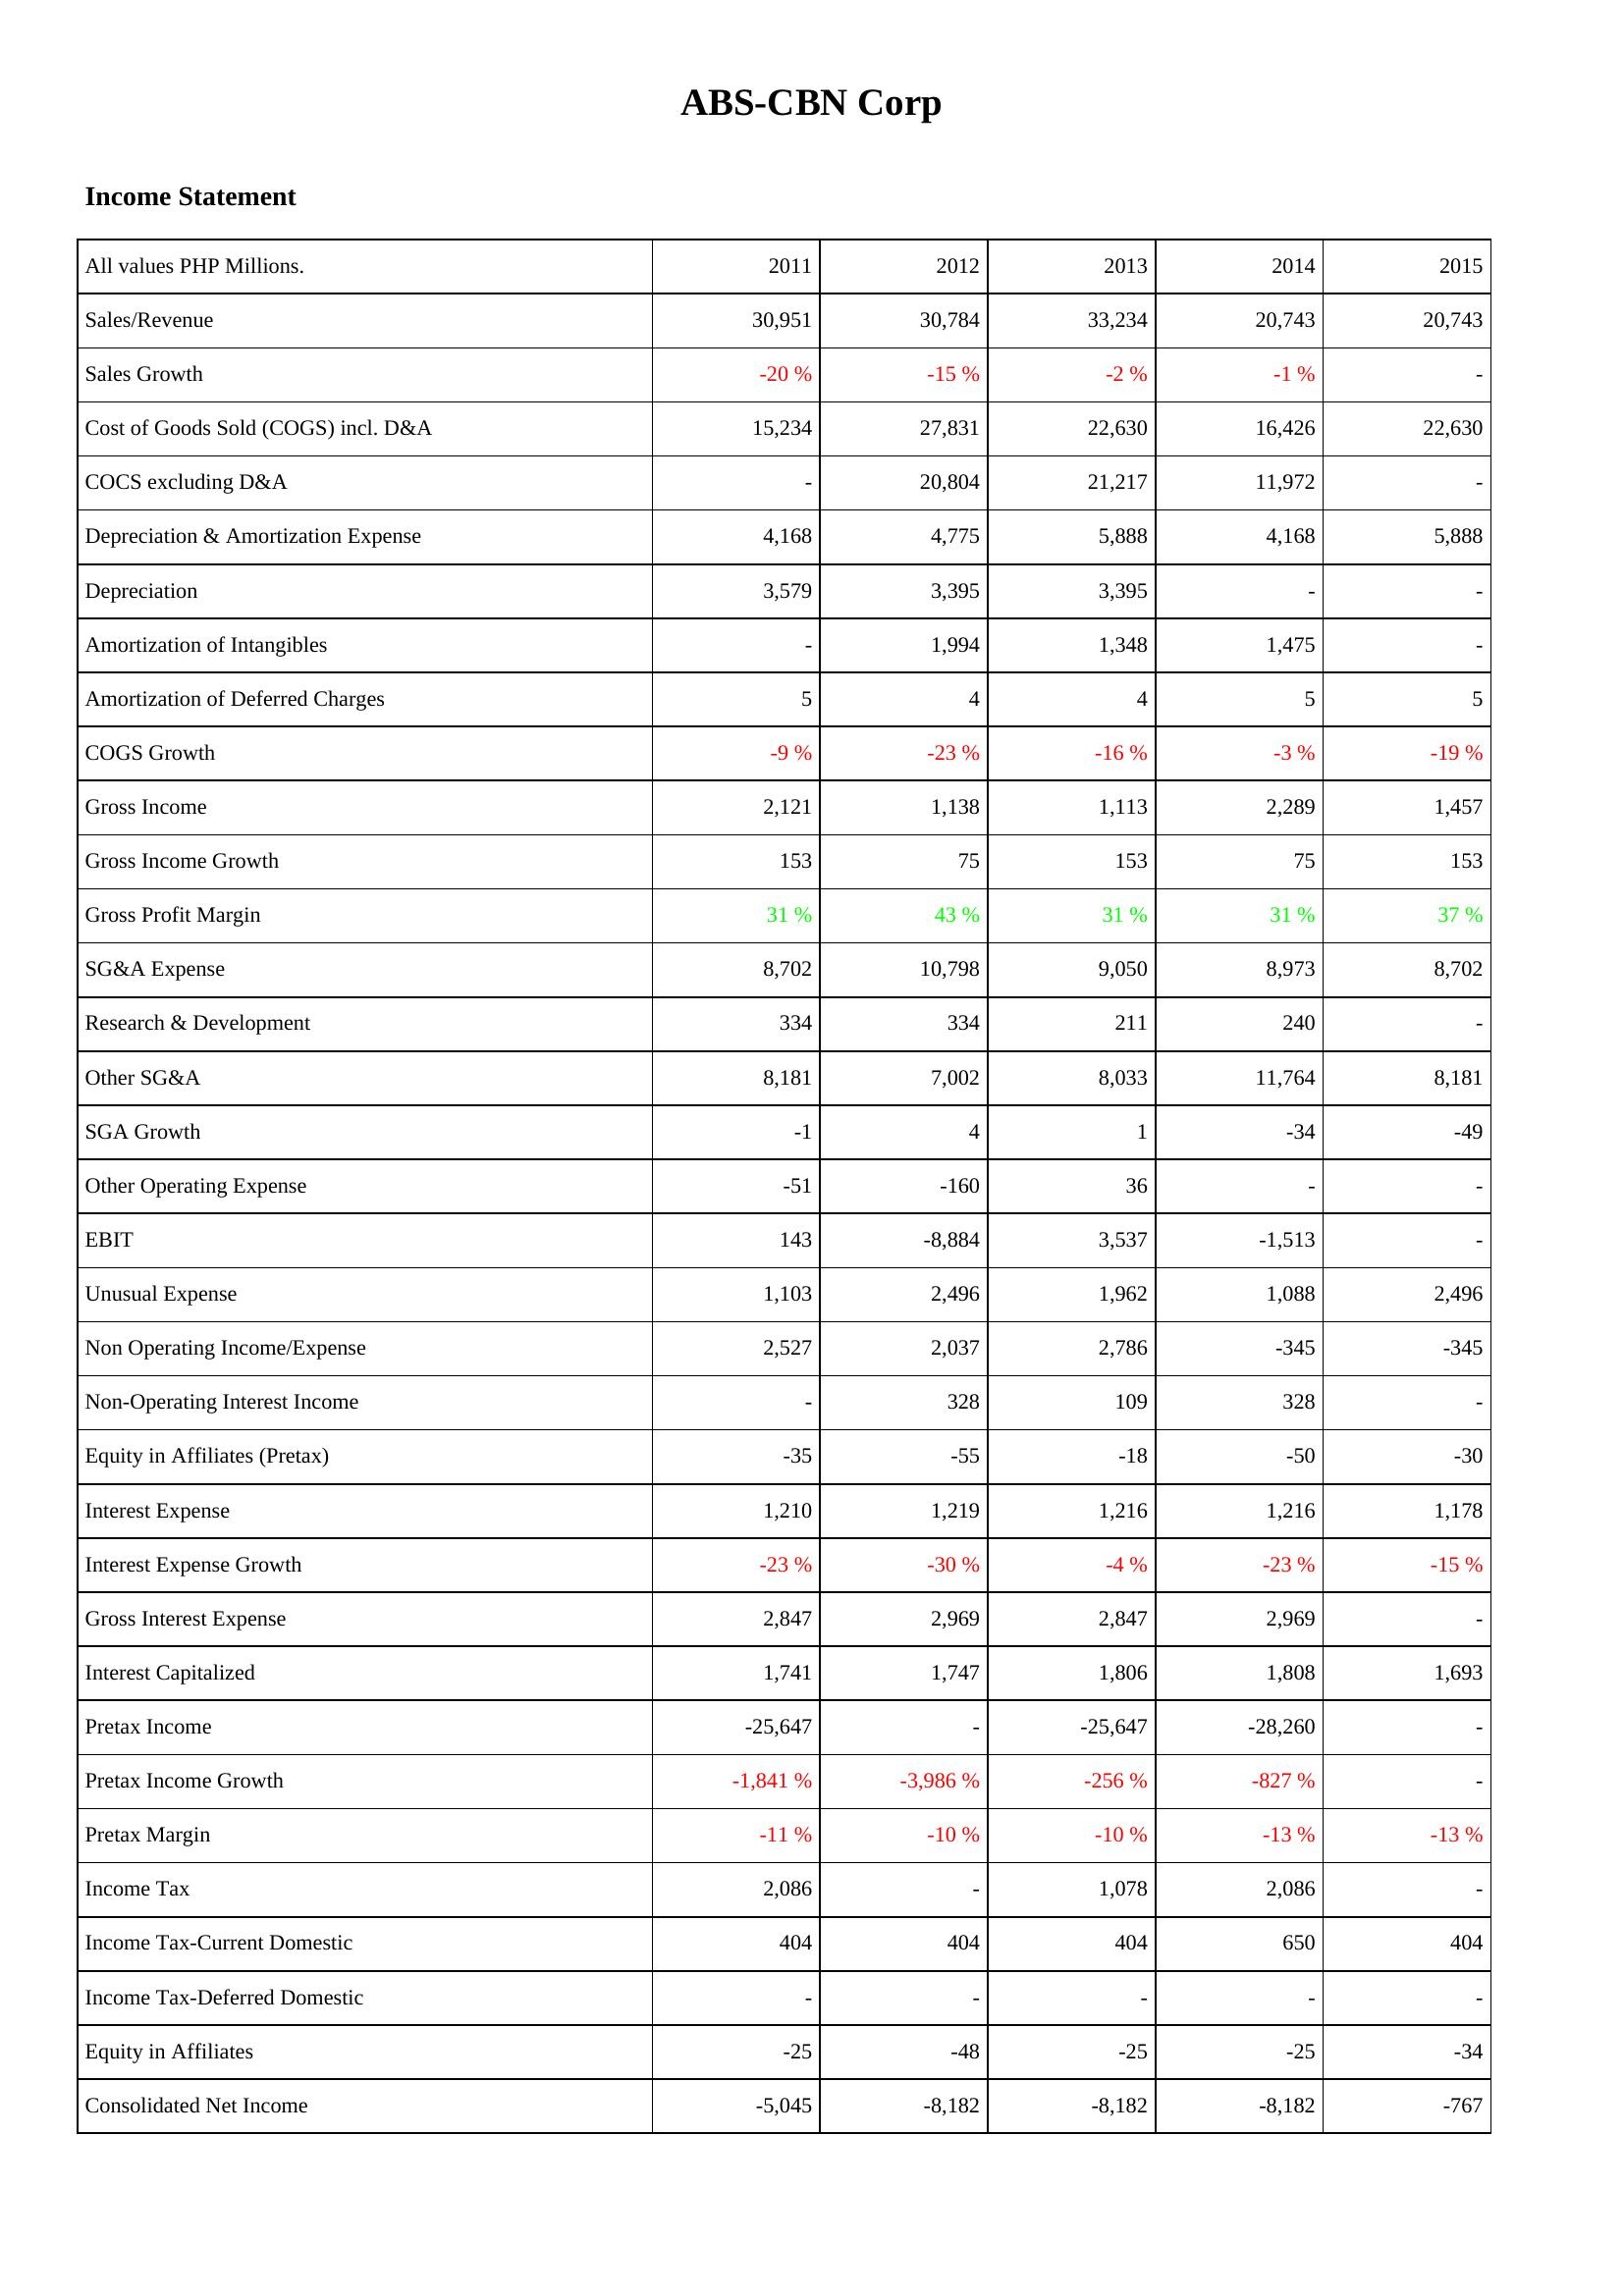
2011: Income Statement: Sales/Revenue: 30,951
Sales Growth: -20 %
Cost of Goods Sold (COGS) incl. D&A: 15,234
COCS excluding D&A: -
Depreciation & Amortization Expense: 4,168
Depreciation: 3,579
Amortization of Intangibles: -
Amortization of Deferred Charges: 5
COGS Growth: -9 %
Gross Income: 2,121
Gross Income Growth: 153
Gross Profit Margin: 31 %
SG&A Expense: 8,702
Research & Development: 334
Other SG&A: 8,181
SGA Growth: -1
Other Operating Expense: -51
EBIT: 143
Unusual Expense: 1,103
Non Operating Income/Expense: 2,527
Non-Operating Interest Income: -
Equity in Affiliates (Pretax): -35
Interest Expense: 1,210
Interest Expense Growth: -23 %
Gross Interest Expense: 2,847
Interest Capitalized: 1,741
Pretax Income: -25,647
Pretax Income Growth: -1,841 %
Pretax Margin: -11 %
Income Tax: 2,086
Income Tax-Current Domestic: 404
Income Tax-Deferred Domestic: -
Equity in Affiliates: -25
Consolidated Net Income: -5,045
2012: Income Statement: Sales/Revenue: 30,784
Sales Growth: -15 %
Cost of Goods Sold (COGS) incl. D&A: 27,831
COCS excluding D&A: 20,804
Depreciation & Amortization Expense: 4,775
Depreciation: 3,395
Amortization of Intangibles: 1,994
Amortization of Deferred Charges: 4
COGS Growth: -23 %
Gross Income: 1,138
Gross Income Growth: 75
Gross Profit Margin: 43 %
SG&A Expense: 10,798
Research & Development: 334
Other SG&A: 7,002
SGA Growth: 4
Other Operating Expense: -160
EBIT: -8,884
Unusual Expense: 2,496
Non Operating Income/Expense: 2,037
Non-Operating Interest Income: 328
Equity in Affiliates (Pretax): -55
Interest Expense: 1,219
Interest Expense Growth: -30 %
Gross Interest Expense: 2,969
Interest Capitalized: 1,747
Pretax Income: -
Pretax Income Growth: -3,986 %
Pretax Margin: -10 %
Income Tax: -
Income Tax-Current Domestic: 404
Income Tax-Deferred Domestic: -
Equity in Affiliates: -48
Consolidated Net Income: -8,182
2013: Income Statement: Sales/Revenue: 33,234
Sales Growth: -2 %
Cost of Goods Sold (COGS) incl. D&A: 22,630
COCS excluding D&A: 21,217
Depreciation & Amortization Expense: 5,888
Depreciation: 3,395
Amortization of Intangibles: 1,348
Amortization of Deferred Charges: 4
COGS Growth: -16 %
Gross Income: 1,113
Gross Income Growth: 153
Gross Profit Margin: 31 %
SG&A Expense: 9,050
Research & Development: 211
Other SG&A: 8,033
SGA Growth: 1
Other Operating Expense: 36
EBIT: 3,537
Unusual Expense: 1,962
Non Operating Income/Expense: 2,786
Non-Operating Interest Income: 109
Equity in Affiliates (Pretax): -18
Interest Expense: 1,216
Interest Expense Growth: -4 %
Gross Interest Expense: 2,847
Interest Capitalized: 1,806
Pretax Income: -25,647
Pretax Income Growth: -256 %
Pretax Margin: -10 %
Income Tax: 1,078
Income Tax-Current Domestic: 404
Income Tax-Deferred Domestic: -
Equity in Affiliates: -25
Consolidated Net Income: -8,182
2014: Income Statement: Sales/Revenue: 20,743
Sales Growth: -1 %
Cost of Goods Sold (COGS) incl. D&A: 16,426
COCS excluding D&A: 11,972
Depreciation & Amortization Expense: 4,168
Depreciation: -
Amortization of Intangibles: 1,475
Amortization of Deferred Charges: 5
COGS Growth: -3 %
Gross Income: 2,289
Gross Income Growth: 75
Gross Profit Margin: 31 %
SG&A Expense: 8,973
Research & Development: 240
Other SG&A: 11,764
SGA Growth: -34
Other Operating Expense: -
EBIT: -1,513
Unusual Expense: 1,088
Non Operating Income/Expense: -345
Non-Operating Interest Income: 328
Equity in Affiliates (Pretax): -50
Interest Expense: 1,216
Interest Expense Growth: -23 %
Gross Interest Expense: 2,969
Interest Capitalized: 1,808
Pretax Income: -28,260
Pretax Income Growth: -827 %
Pretax Margin: -13 %
Income Tax: 2,086
Income Tax-Current Domestic: 650
Income Tax-Deferred Domestic: -
Equity in Affiliates: -25
Consolidated Net Income: -8,182
2015: Income Statement: Sales/Revenue: 20,743
Sales Growth: -
Cost of Goods Sold (COGS) incl. D&A: 22,630
COCS excluding D&A: -
Depreciation & Amortization Expense: 5,888
Depreciation: -
Amortization of Intangibles: -
Amortization of Deferred Charges: 5
COGS Growth: -19 %
Gross Income: 1,457
Gross Income Growth: 153
Gross Profit Margin: 37 %
SG&A Expense: 8,702
Research & Development: -
Other SG&A: 8,181
SGA Growth: -49
Other Operating Expense: -
EBIT: -
Unusual Expense: 2,496
Non Operating Income/Expense: -345
Non-Operating Interest Income: -
Equity in Affiliates (Pretax): -30
Interest Expense: 1,178
Interest Expense Growth: -15 %
Gross Interest Expense: -
Interest Capitalized: 1,693
Pretax Income: -
Pretax Income Growth: -
Pretax Margin: -13 %
Income Tax: -
Income Tax-Current Domestic: 404
Income Tax-Deferred Domestic: -
Equity in Affiliates: -34
Consolidated Net Income: -767